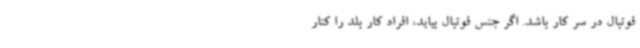
فوتبال در سر کار باشد. اگر جنس فوتبال بیاید، افراد کار بلد را کنار